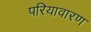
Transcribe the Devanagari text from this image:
परियावारण